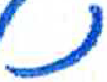
אות: נ